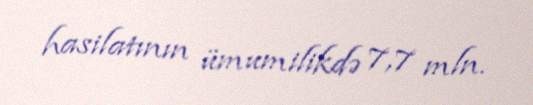
hasilatının ümumilikdə 7,7 mln.